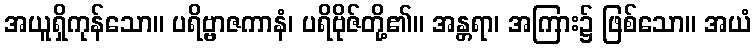
အယူရှိကုန်သော။ ပရိဗ္ဗာဇကာနံ၊ ပရိဗိုဇ်တို့၏။ အန္တရာ၊ အကြား၌ ဖြစ်သော။ အယံ